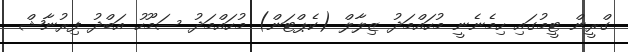
ގްރީން ޓީމުގައި ހިމެނެނީ މުހައްމަދު ޒިލާލް (ކެޕްޓަން) މުހައްމަދު ސަމޫހު އަބްދު ފިރުނާޝް